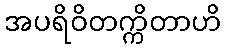
အပရိဝိတက္ကိတာဟိ